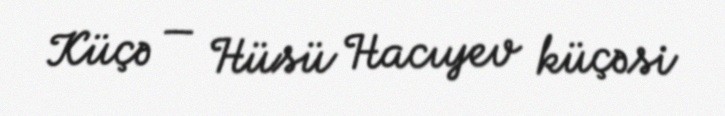
Küçə — Hüsü Hacıyev küçəsi